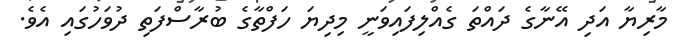
މާރިޔާ އަދި އޭނާގެ ދައްްތަ ގެއްލިފައިވަނީ މިދިޔަ ހަފްތާގެ ބުރާސްފަތި ދުވަހުގައި އެވެ.